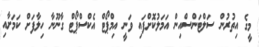
މީގެ އިތުރުން ސަލްޓަންސްއިން އަމަލުކޮށްފައި ވަނީ އިމްޕޯޓް އެކްސްޕޯޓް ގާނޫނާ ހިލާފަށް ކަމަށާއި